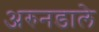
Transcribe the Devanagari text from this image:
अरुनडाले